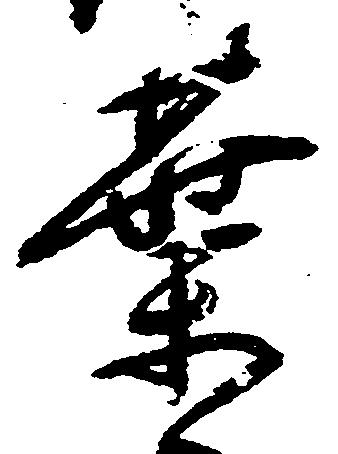
葉